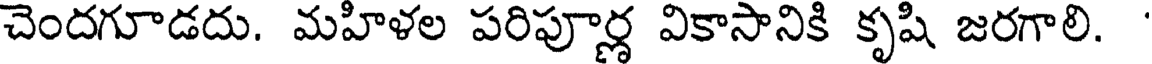
చెందగూడదు. మహిళల పరిపూర్ణ వికాసానికి కృషి జరగాలి.